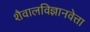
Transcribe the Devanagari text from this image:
शैवालविज्ञानवेत्ता